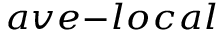
_ { a v e - l o c a l }